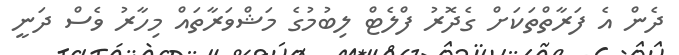
ދެން އެ ފަރާތްތަކަށް ގެދޮރު ފްލެޓް ލިބުމުގެ މަޝްވަރާތައް މިހާރު ވެސް ދަނީ